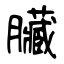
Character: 臟